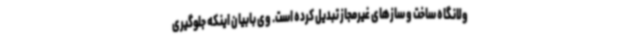
ولانگاه ساخت و سازهای غیرمجاز تبدیل کرده است. وی بابیان اینکه جلوگیری